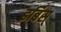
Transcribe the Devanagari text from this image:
इर्बिस्